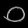
Digit: ၀